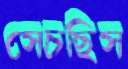
সেচছিস